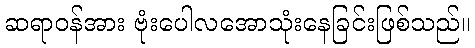
ဆရာဝန်အား ဗုံးပေါလအောသုံးနေခြင်းဖြစ်သည်။